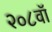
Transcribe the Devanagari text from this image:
२०८वॉ